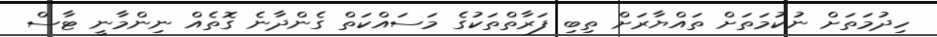
ހިދުމަތަށް ނުކުމަތަށް ތައްޔާރަށް ތިބި ފަރާތްތަކުގެ މަސައްކަތް ގެންދާނެ ގޮތެއް ނިންމާނީ ޓާސް